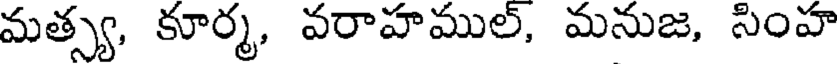
మత్స్య, కూర్మ, వరాహముల్, మనుజ, సింహ